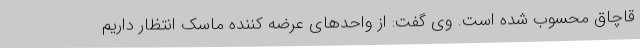
قاچاق محسوب شده است. وی گفت: از واحدهای عرضه کننده ماسک انتظار داریم